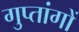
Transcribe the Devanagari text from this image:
गुप्‍तांगों